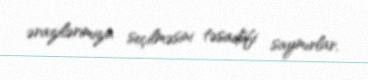
ərazilərimizin seçilməsini təsadüfi saymırlar.